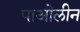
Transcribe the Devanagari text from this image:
पाओलीन